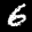
Label: 6